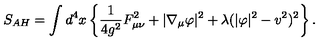
S _ { A H } = \int d ^ { 4 } x \left\{ \frac 1 { 4 g ^ { 2 } } F _ { \mu \nu } ^ { 2 } + | \nabla _ { \mu } \varphi | ^ { 2 } + \lambda ( | \varphi | ^ { 2 } - v ^ { 2 } ) ^ { 2 } \right\} .